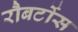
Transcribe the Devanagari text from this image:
रौबर्टोस